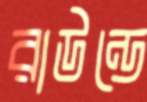
রাউন্ডে